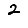
Digit: 2